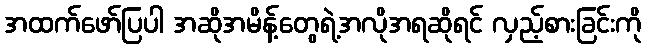
အထက်ဖော်ပြပါ အဆိုအမိန့်တွေရဲ့အလိုအရဆိုရင် လှည့်စားခြင်းကို